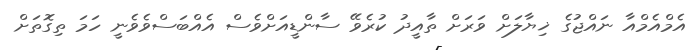
އެމްއެމްއާ ނައްޖުގެ ޚިޔާލަށް ވަރަށް ތާއީދު ކުރެވޭ ސާންޑީއަށްވެސް އެއްބަސްވެވެނީ ހަމަ ތިގޮތަށް